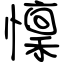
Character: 懍